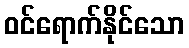
ဝင်ရောက်နိုင်သော